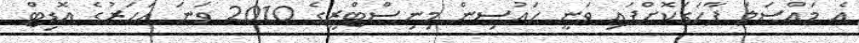
އެ މައްސަލަ ފާހަގަކޮށްފައި ވަނީ ހައުސިން މިނިސްޓްރީގެ 2010 ވަނަ އަހަރުގެ އޮޑިޓް